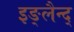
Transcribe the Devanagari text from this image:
इङ्लैन्द्